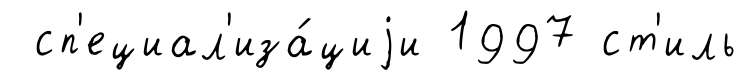
сп'ециал'иза́циjи 1997 ст'иль